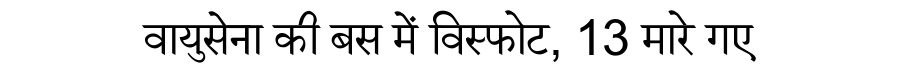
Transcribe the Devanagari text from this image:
वायुसेना की बस में विस्फोट, 13 मारे गए